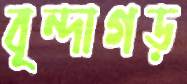
বৃন্দাগড়